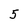
Character: 5